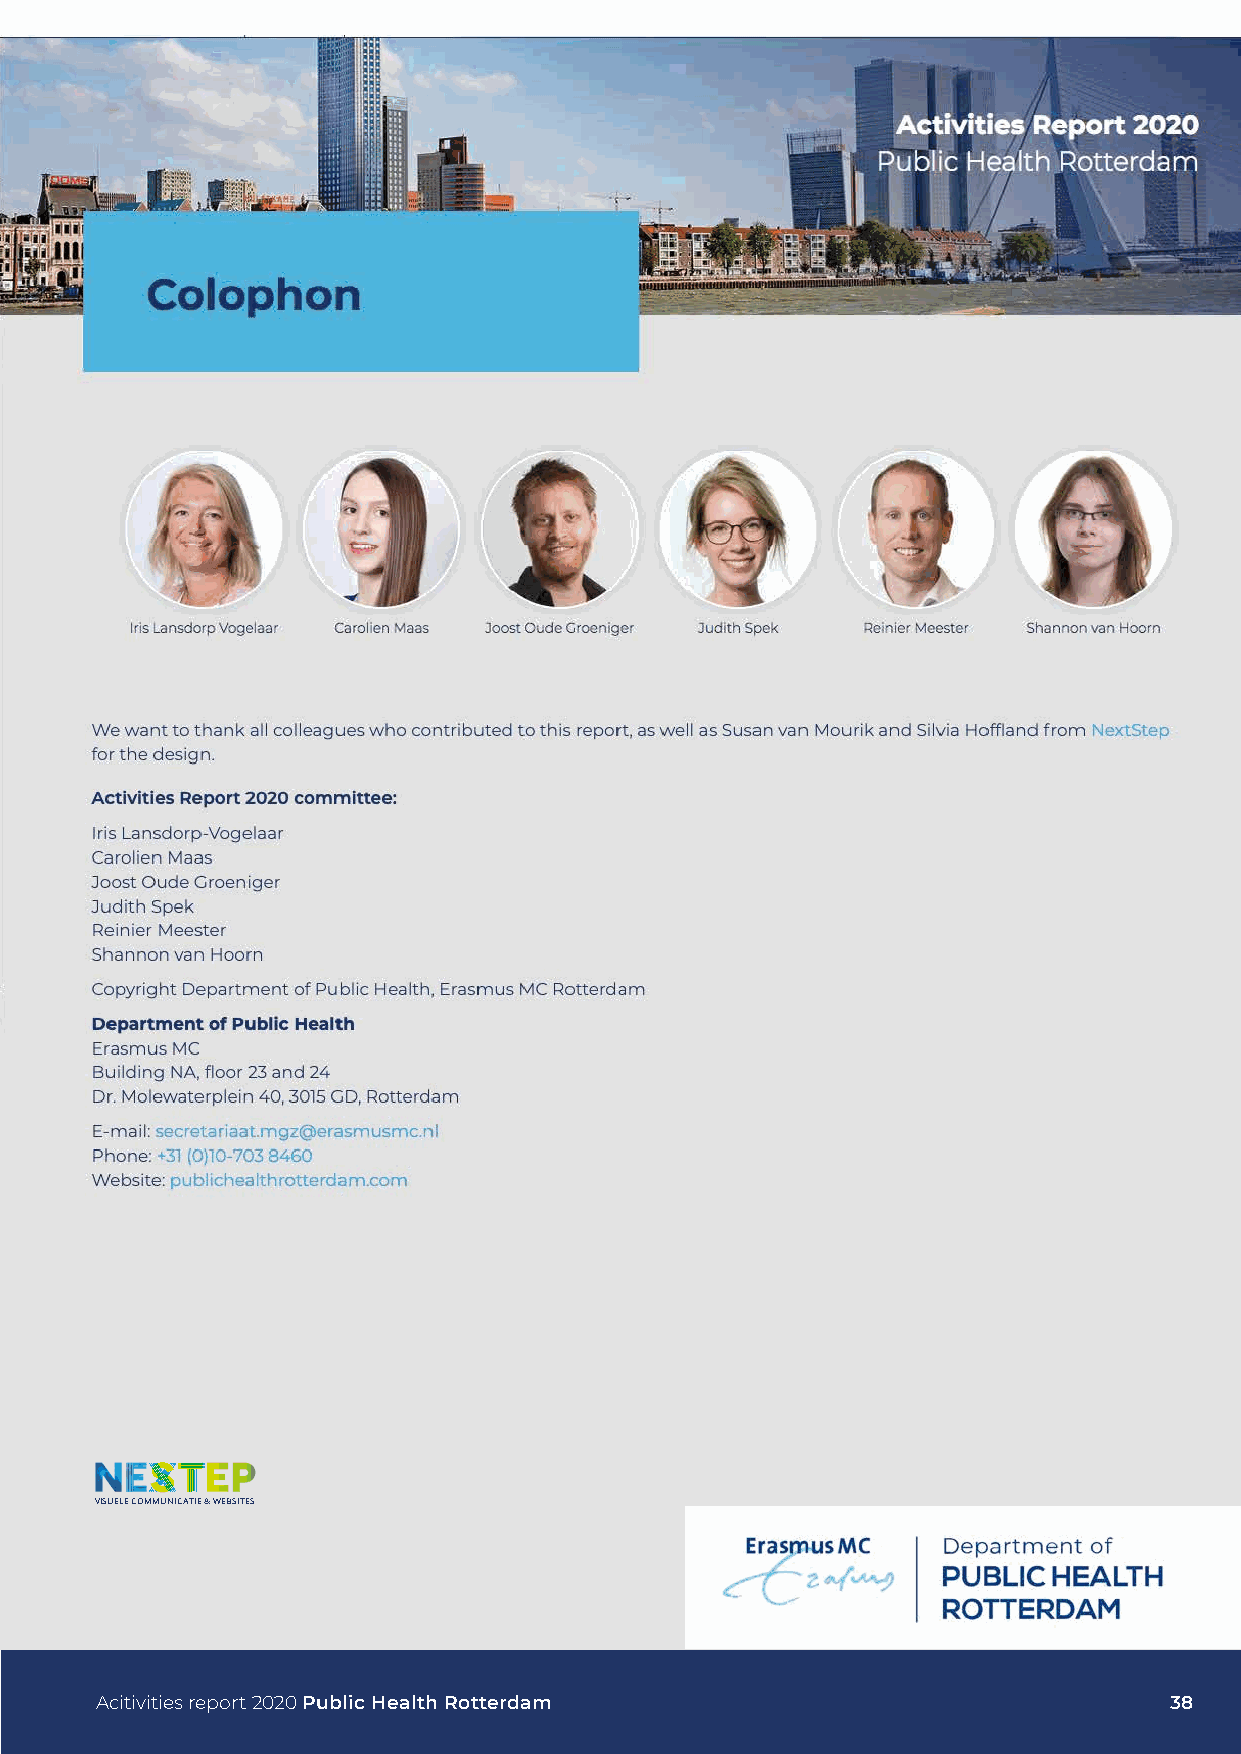
VISUELE COMMUNICATIE & WEBSITES
 Acitivities report 2020 Public Health Rotterdam                        38